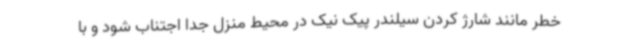
خطر مانند شارژ کردن سیلندر پیک نیک در محیط منزل جدا اجتناب شود و با